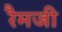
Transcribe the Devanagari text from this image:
रैमजी